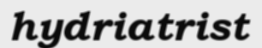
hydriatrist